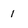
Character: 1